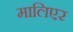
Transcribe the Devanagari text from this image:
मालिएर